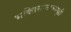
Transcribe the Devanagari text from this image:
भक्तिसाम्राज्यगुढी